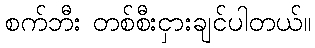
စက်ဘီး တစ်စီးငှားချင်ပါတယ်။